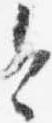
今